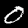
Label: 0